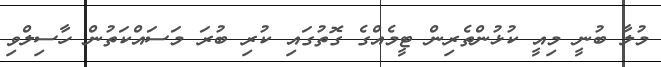
މުލާ ބުނީ މިއީ ކުޅުންތެރިން ޓީމެއްގެ ގޮތުގައި ކުރި ބުރަ މަސައްކަތުން ހާސިލްވި